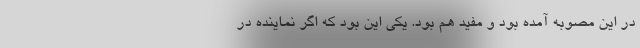
در این مصوبه آمده بود و مفید هم بود. یکی این بود که اگر نماینده در